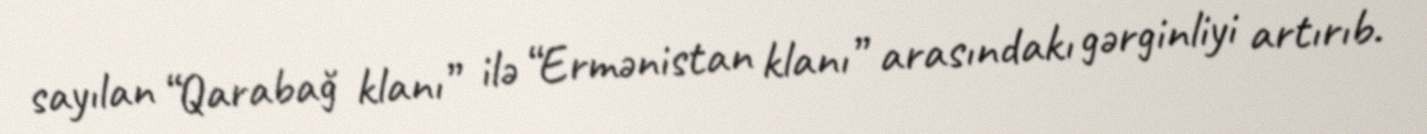
sayılan “Qarabağ klanı” ilə “Ermənistan klanı” arasındakı gərginliyi artırıb.